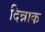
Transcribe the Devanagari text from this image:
दिन्नाक